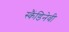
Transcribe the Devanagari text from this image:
स्कैंडिनेवी